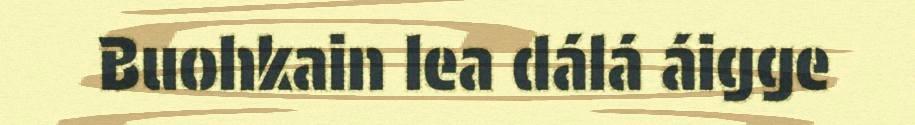
Buohkain lea dálá áigge